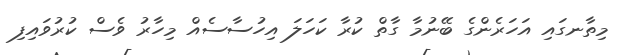
މިތާނގައި އަހަރެންގެ ބޭނުމާ ގާތް ކުރާ ކަހަލަ އިހުސާސެއް މިހާރު ވެސް ކުރުވައިފި